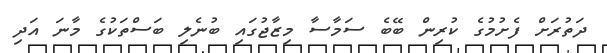
ދަތުރަށް ފެށުމުގެ ކުރިން ބޭބެ ސަމާސާ މިޒާޖުގައި ބުނެލި ބަސްތަކުގެ މާނަ އަދި